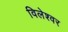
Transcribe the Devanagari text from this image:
विलेश्वर